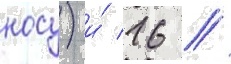
носу) и́ 16 /